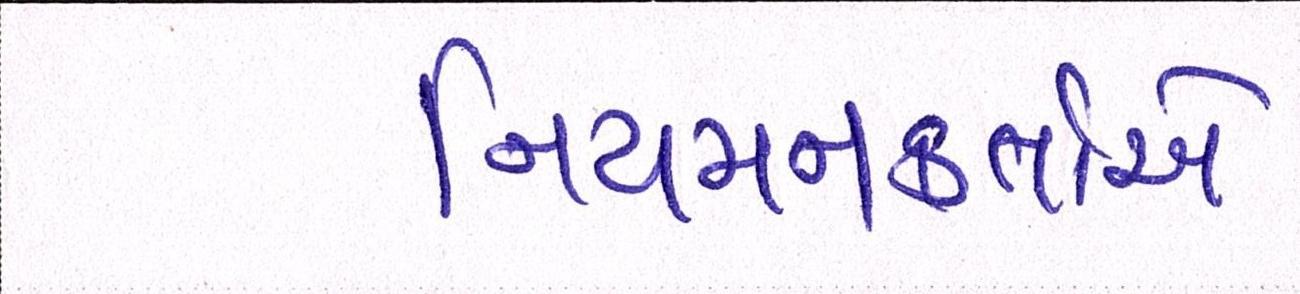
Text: નિયમનકર્તાએ